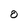
Character: O